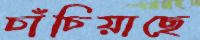
চাঁচিয়াছে